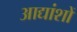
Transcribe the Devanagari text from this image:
आद्यांशों